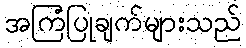
အကြံပြုချက်များသည်